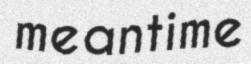
meantime